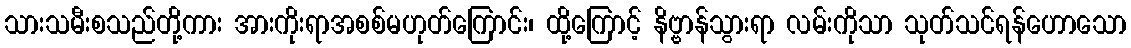
သားသမီးစသည်တို့ကား အားကိုးရာအစစ်မဟုတ်ကြောင်း၊ ထို့ကြောင့် နိဗ္ဗာန်သွားရာ လမ်းကိုသာ သုတ်သင်ရန်ဟောသော